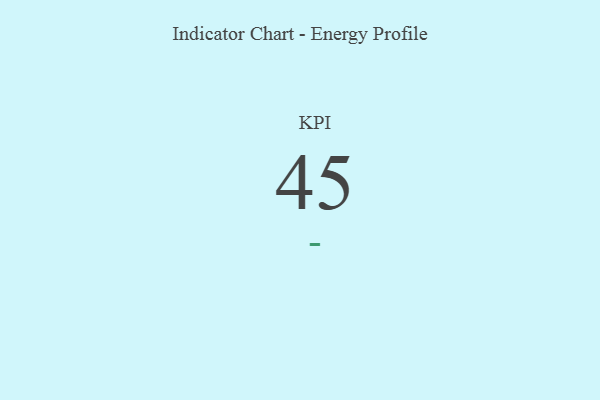
{"axis": {"x": "KPI", "y": "Value"}, "legend": [""], "data": [{"x": "KPI", "y": 45, "type": ""}]}